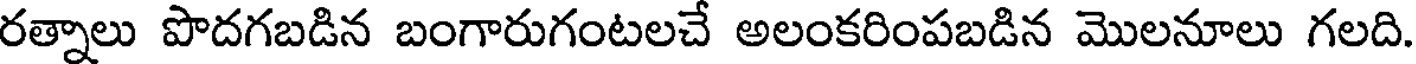
రత్నాలు పొదగబడిన బంగారుగంటలచే అలంకరింపబడిన మొలనూలు గలది